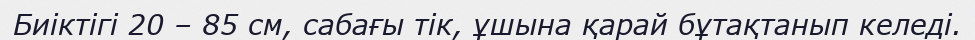
Биіктігі 20 – 85 см, сабағы тік, ұшына қарай бұтақтанып келеді.